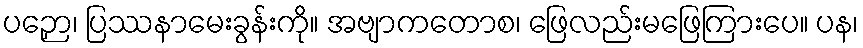
ပဉှော၊ ပြဿနာမေးခွန်းကို။ အဗျာကတောစ၊ ဖြေလည်းမဖြေကြားပေ။ ပန၊